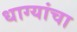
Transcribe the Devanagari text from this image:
धाग्यांचा